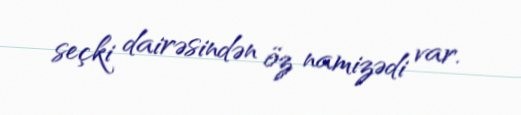
seçki dairəsindən öz namizədi var.